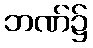
ဘဏ်၌